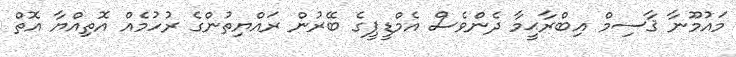
މައުމޫނާ ޤާސިމް އިބްރާޙީމާ ދެންވެސް އެމްޑީޕީގެ ބޭރުން ރައްޔިތުންގެ ރުހުމެއް އޮތިއްޔާ އޮތް